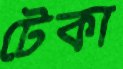
টেকা